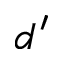
d ^ { \prime }